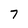
Character: 7